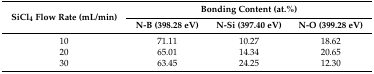
| <ROWSPAN=2> SiCl4 Flow Rate (mL/min) | <COLSPAN=3> Bonding Content (at.%) |
 | N-B (398.28 eV) | N-Si (397.40 eV) | N-O (399.28 eV) |
 | --- | --- | --- | --- |
 | 10 | 71.11 | 10.27 | 18.62 |
 | 20 | 65.01 | 14.34 | 20.65 |
 | 30 | 63.45 | 24.25 | 12.30 |